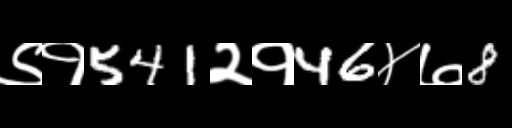
Text: ९१541२१46४७8